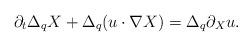
LaTeX: \begin{align*}\partial_t\Delta_qX+\Delta_q(u\cdot\nabla X)=\Delta_q\partial_Xu.\end{align*}